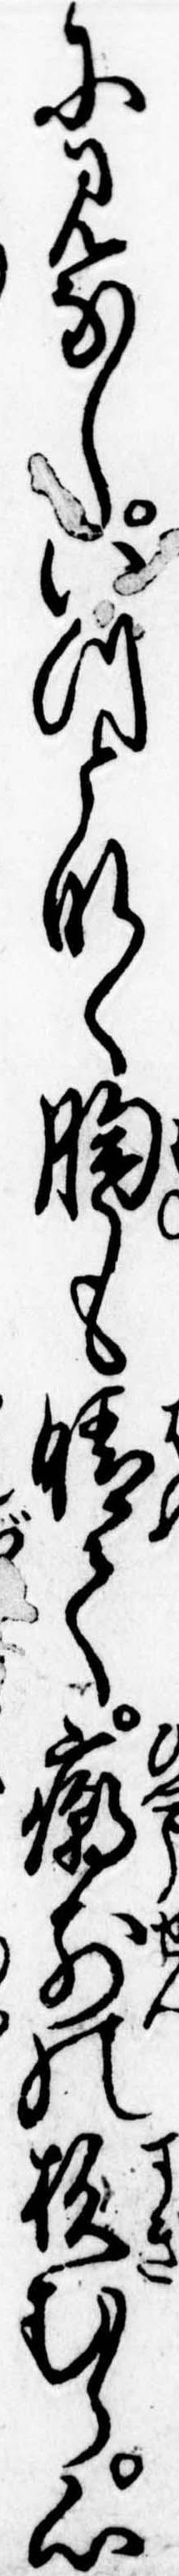
に見なしいつとなく胸も晴て廟前の杉むら心